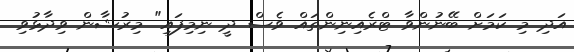
އަދި މި ކަމަށް ބޭނުންވާ ޓްރެއިނިންތައް ވެސް ދީ ނިމިފައި" މިރުޝާން ވިދާޅުވި